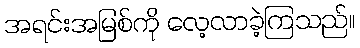
အရင်းအမြစ်ကို လေ့လာခဲ့ကြသည်။